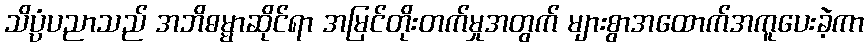
သိပ္ပံပညာသည် အဘိဓမ္မာဆိုင်ရာ အမြင်တိုးတက်မှုအတွက် များစွာအထောက်အကူပေးခဲ့ကာ